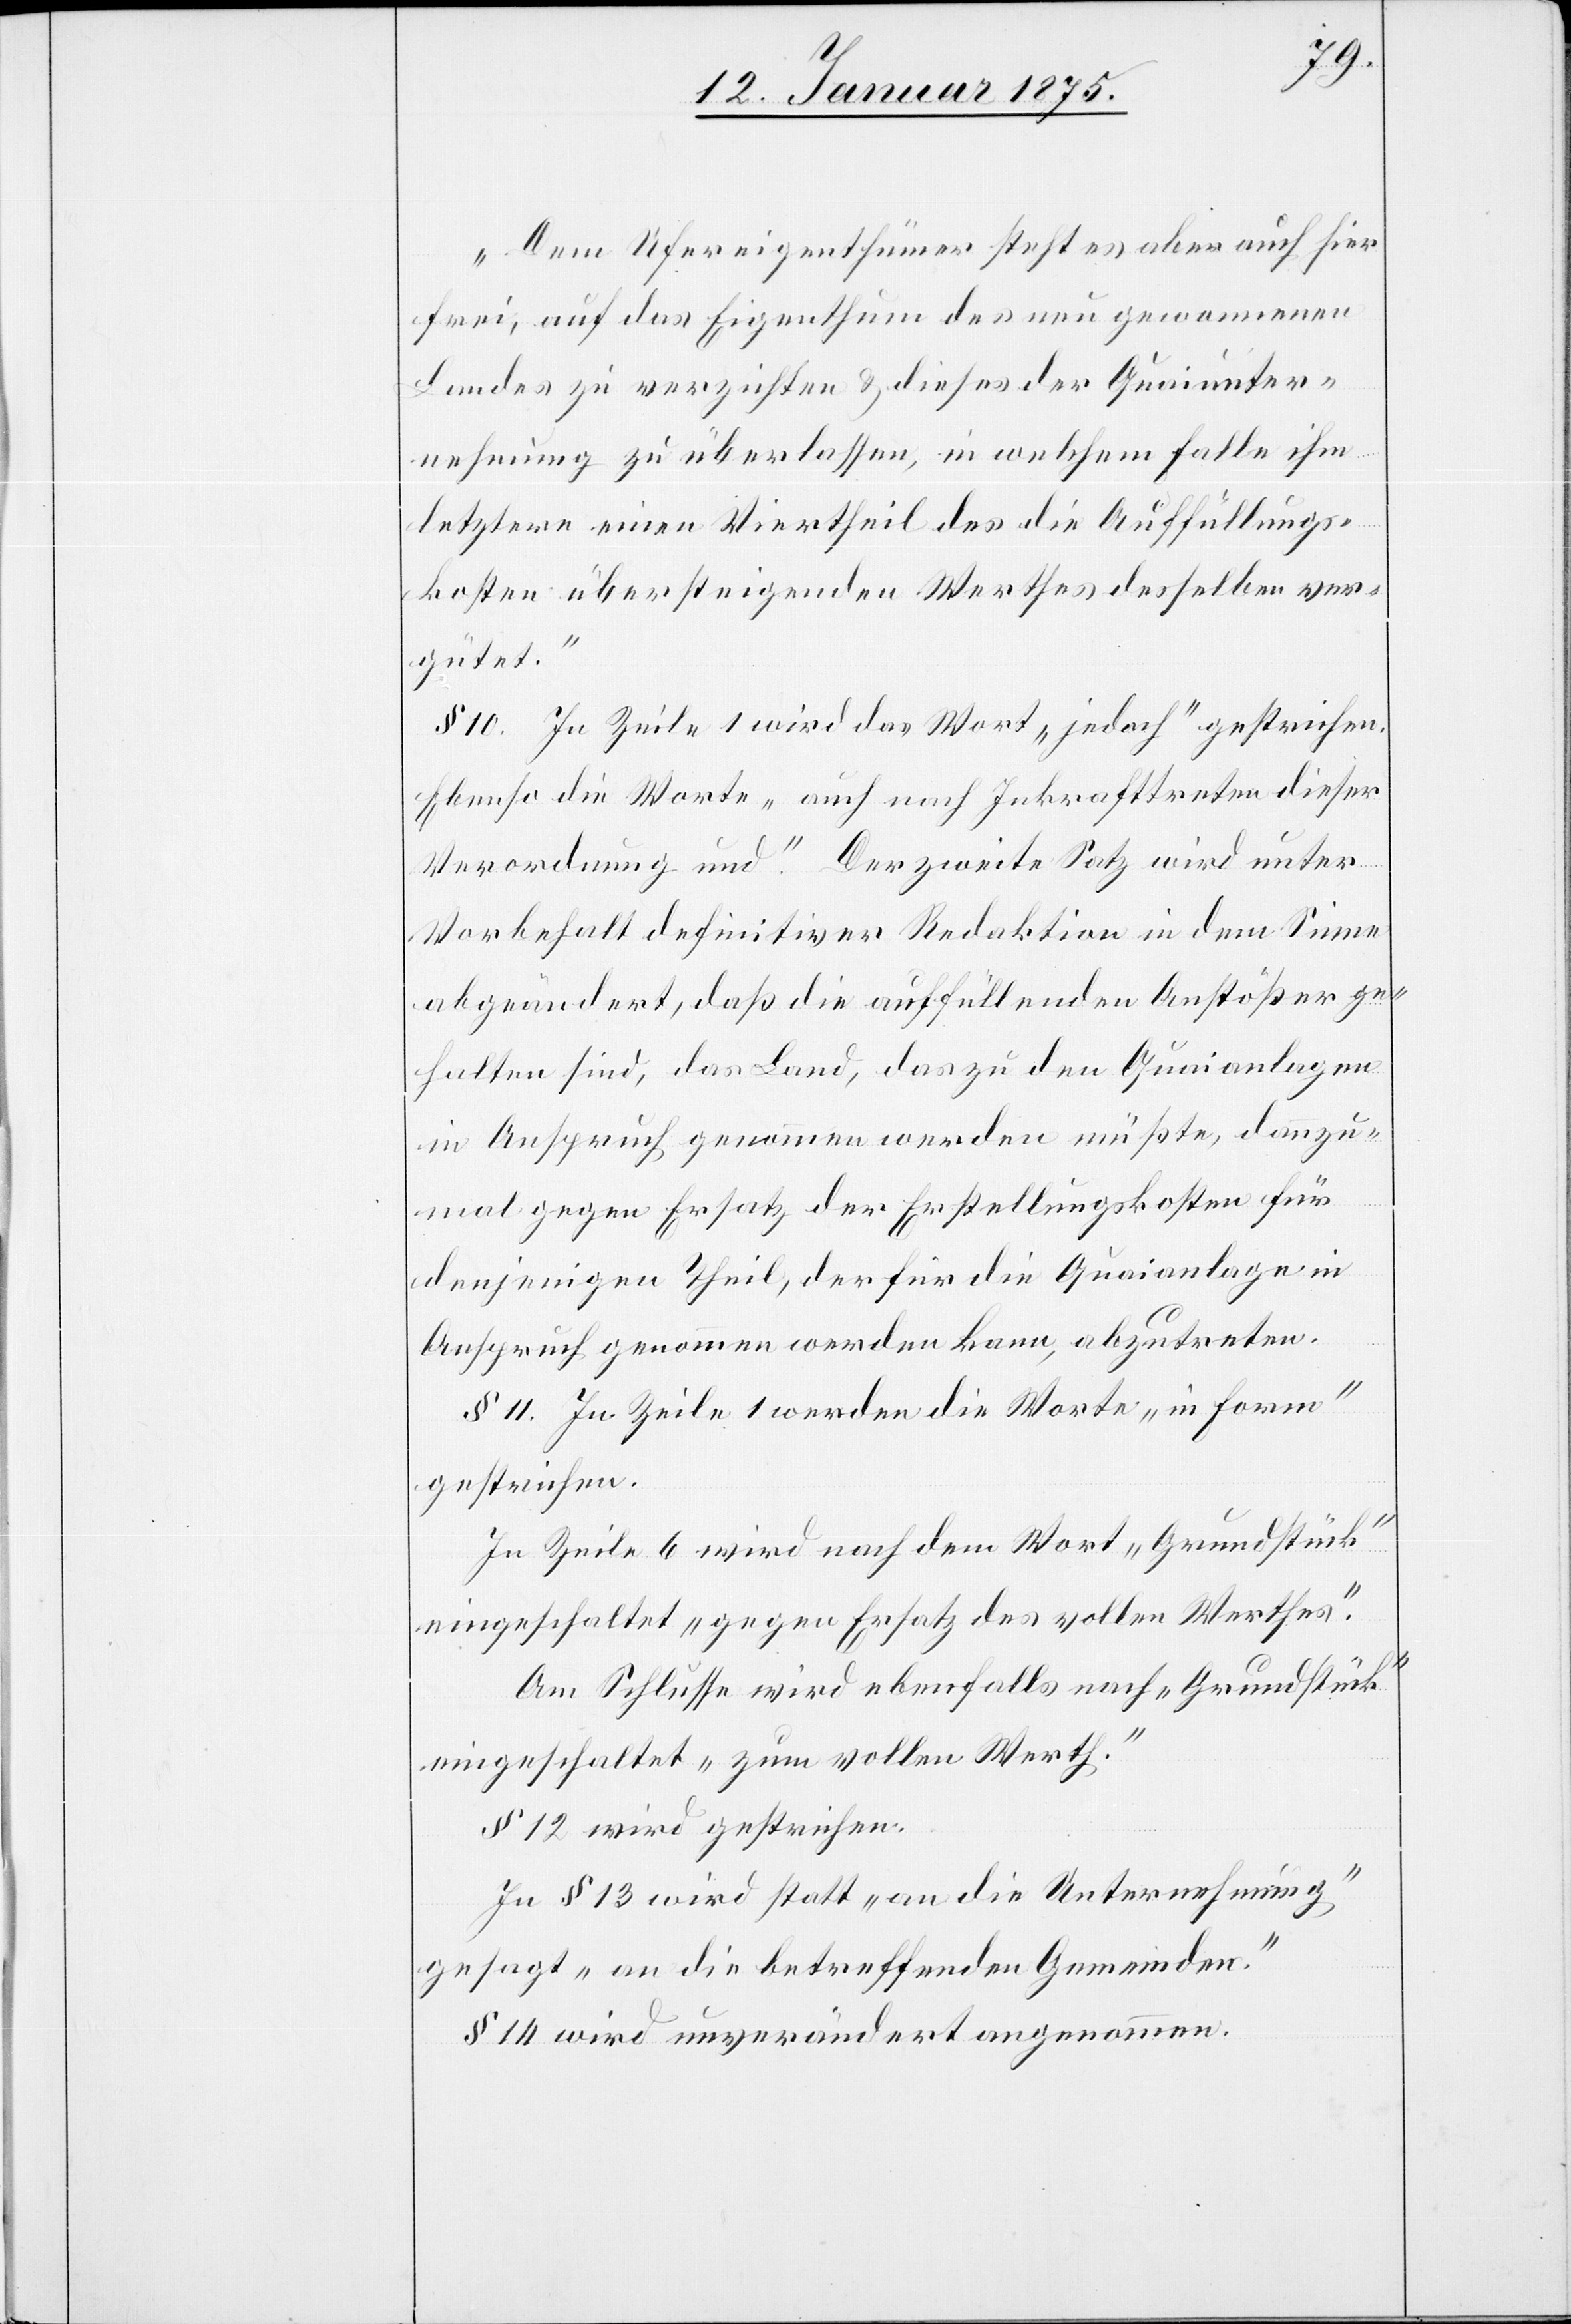
„Dem Ufereigenthümer steht es aber auch hier
frei, auf das Eigenthum des neu gewonnenen
Landes zu verzichten & dieses der Quaiunter¬
nehmung zu überlassen, in welchem Falle ihm
letztere einen Viertheil des die Auffüllungs¬
kosten übersteigenden Werthes desselben ver¬
ändert,
§ 10. In Zeile 1 wird das Wort „jedoch“ gestrichen.
Ebenso die Worte „auch nach Inkrafttreten dieser
Verordnung und“. Der zweite Satz wird unter
Vorbehalt definitiver in dem Sinne abge¬
gehalten sind, das Land, das zu den Quaianlagen
in Anspruch genommen werden müßte, dannzu¬
mal gegen Ersatz der Erstellungskosten für
denjenigen Theil, der für die Quaianlage in
Anspruch genommen werden kann, abzutreten.
§ 11. In Zeile 1 werden die Worte „in Form“
gestrichen.
In Zeile 6 wird nach dem Wort „Grundstück“
eingeschaltet „gegen Ersatz des vollen Werthes“.
Am Schlusse wird ebenfalls nach „Grundstück“
eingeschaltet „zum vollen Werth“.
§ 12 wird gestrichen.
In § 13 wird statt „an die Unternehmung“
gesagt „an die betreffenden Gemeinden“.
§ 14 wird unverändert angenommen.